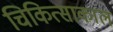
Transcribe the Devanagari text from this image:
चिकित्साकाल